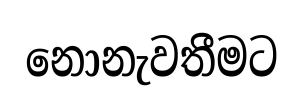
නොනැවතීමට